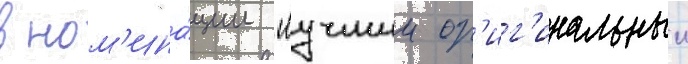
в ном'ина́ции "лучшии ор'иг'инальныи